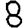
Digit: 8